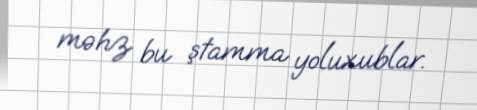
məhz bu ştamma yoluxublar.